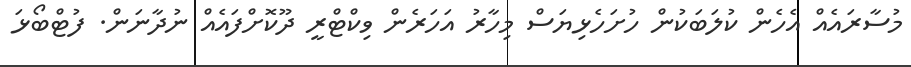
މުސާރައެއް އެހެން ކުލަބަކުން ހުށަހެޅިޔަސް މިހާރު އަހަރެން ވިކްޓްރީ ދޫކޮށްފައެއް ނުދާނަން. ފުޓްބޯޅަ